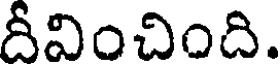
దీవించింది.